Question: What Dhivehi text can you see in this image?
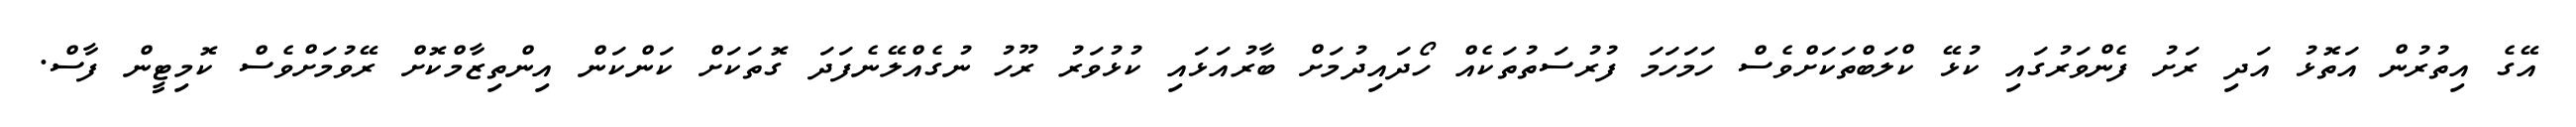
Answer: އޭގެ އިތުރުން އަތޮޅު އަދި ރަށު ފެންވަރުގައި ކުޅޭ ކްލަބްތަކަށްވެސް ހަމަހަމަ ފުރުސަތުތަކެއް ހޯދައިދުމަށް ބާރުއަޅައި ކުޅުވަރު ރޫހު ނުގެއްލޭނެފަދަ ގޮތަކަށް ކަންކަން އިންތިޒާމްކޮށް ރޭވުމަށްވެސް ކޮމިޓީން ފާސް.